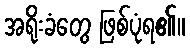
အရိုးခံတွေ ဖြစ်ပုံရ၏။